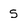
Character: 5